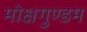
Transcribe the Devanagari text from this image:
मोक्षगुण्डम